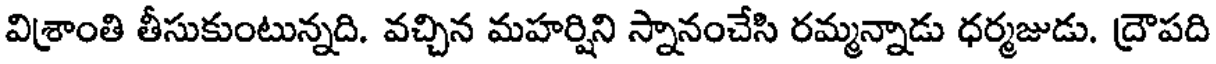
విశ్రాంతి తీసుకుంటున్నది. వచ్చిన మహర్షిని స్నానంచేసి రమ్మన్నాడు ధర్మజుడు. ద్రౌపది